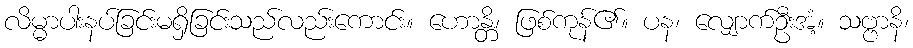
လိမ္မာပါးနပ်ခြင်းမရှိခြင်းသည်လည်းကောင်း။ ဟောန္တိ၊ ဖြစ်ကုန်၏။ ပန၊ လျှောက်ဦးအံ့။ သဗ္ဗာနိ၊